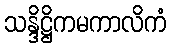
သန္ဒိဋ္ဌိကမကာလိကံ